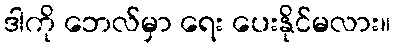
ဒါကို ဘေလ်မှာ ရေး ပေးနိုင်မလား။